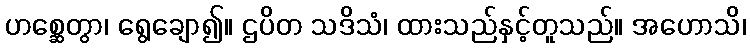
ဟစ္ဆေတွာ၊ ရွေချော၍။ ဌပိတ သဒိသံ၊ ထားသည်နှင့်တူသည်။ အဟောသိ၊